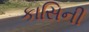
કાસિની